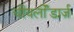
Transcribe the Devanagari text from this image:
चीयर्लीडार्ज़